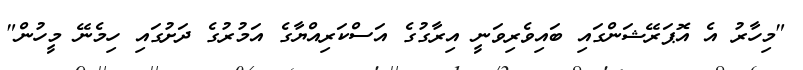
"މިހާރު އެ އޮޕަރޭޝަންގައި ބައިވެރިވަނީ އިރާގުގެ އަސްކަރިއްޔާގެ އަމުރުގެ ދަށުގައި ހިމެނޭ މީހުން"